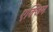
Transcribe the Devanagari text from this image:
एक्जिम